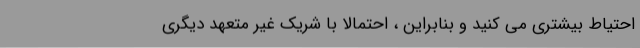
احتیاط بیشتری می کنید و بنابراین ، احتمالاً با شریک غیر متعهد دیگری